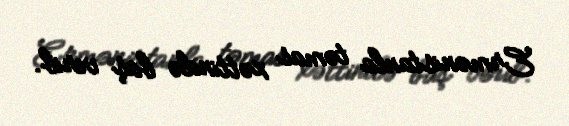
Ermənistanla təmas xəttində baş verib.